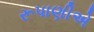
રૂપાણીએ